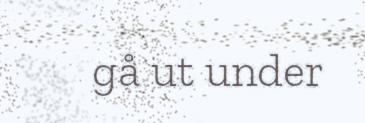
gå ut under